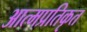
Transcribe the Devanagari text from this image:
आत्मप्रतिकृत